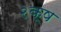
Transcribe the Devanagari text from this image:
२क्ष